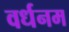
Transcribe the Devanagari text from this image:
वर्धनम